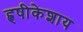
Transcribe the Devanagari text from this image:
हृषीकेशाय